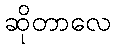
ဆိုတာလေ